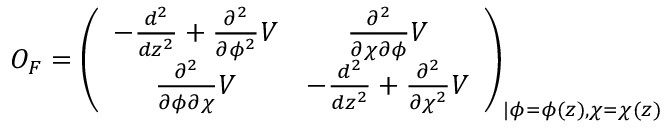
O _ { F } = \left( \begin{array} { c c } { { - \frac { d ^ { 2 } } { d z ^ { 2 } } + \frac { \partial ^ { 2 } } { \partial \phi ^ { 2 } } V } } & { { \frac { \partial ^ { 2 } } { \partial \chi \partial \phi } V } } \\ { { \frac { \partial ^ { 2 } } { \partial \phi \partial \chi } V } } & { { - \frac { d ^ { 2 } } { d z ^ { 2 } } + \frac { \partial ^ { 2 } } { \partial \chi ^ { 2 } } V } } \end{array} \right) _ { \vert \phi = \phi ( z ) , \chi = \chi ( z ) }